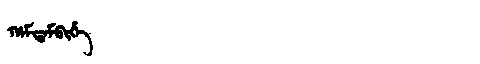
Manchu: ᡥᠠᠮᡨᠠᠮᠪᡳᡥᡝ
Romanization: HAMTAMBIHE